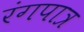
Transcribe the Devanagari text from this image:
रंगपात्र